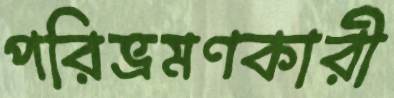
পরিভ্রমণকারী